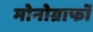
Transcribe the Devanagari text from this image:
मोनोग्राफों